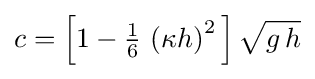
c={\Bigl [}1-{\tfrac {1}{6}}\,\left(\kappa h\right)^{2}{\Bigr ]}\,{\sqrt {g\,h}}